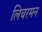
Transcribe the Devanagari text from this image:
लिचरमन